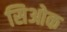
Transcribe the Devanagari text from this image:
सिओक